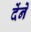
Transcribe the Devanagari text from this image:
देंनें